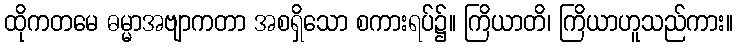
ထိုကတမေ ဓမ္မာအဗျာကတာ အစရှိသော စကားရပ်၌။ ကြိယာတိ၊ ကြိယာဟူသည်ကား။